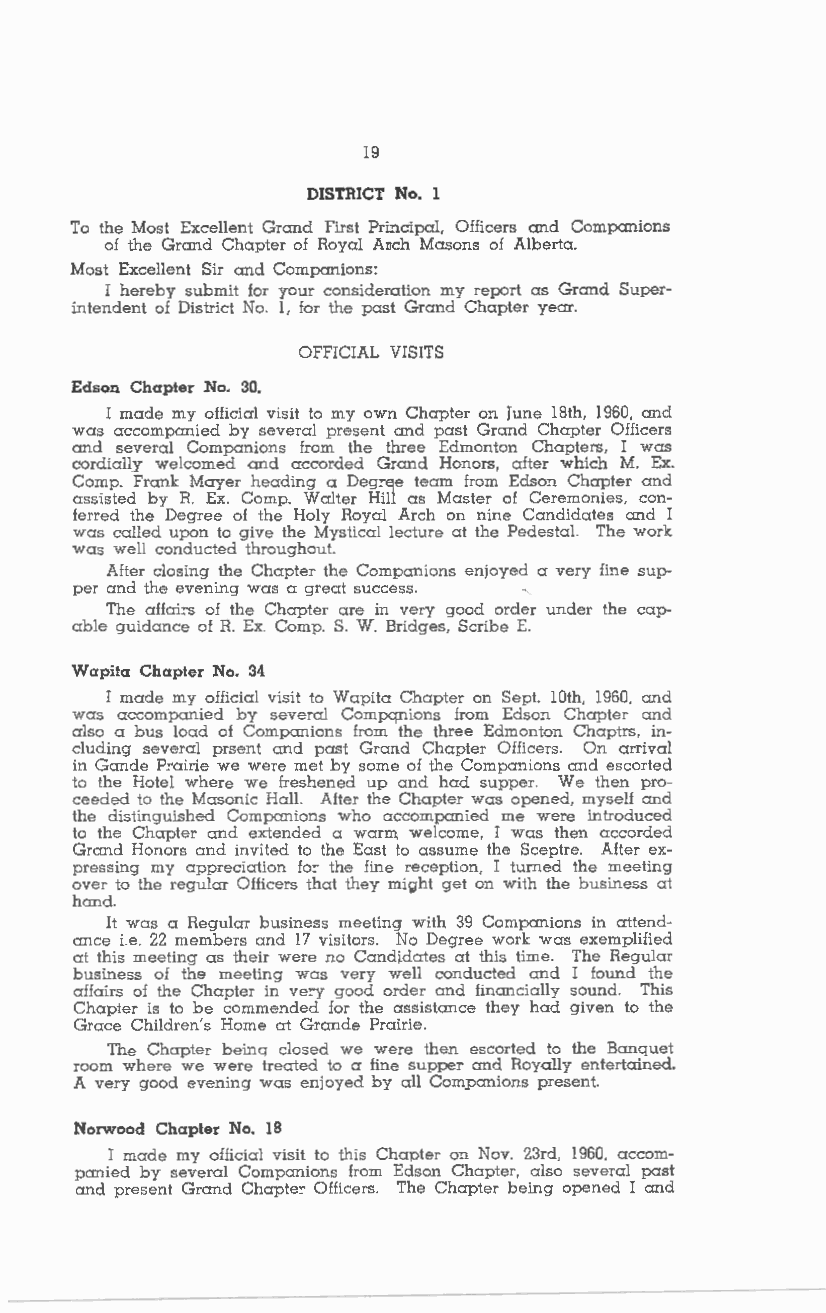
19
 DISTRICT No. l
 To the Most Excellent Grand First Principal. Officers and Companions
 of the Grand Chapter of Royal Arch Masons of Alberta.
 Most Excellent Sir and Companions:
 I hereby submit for your consideration my report as Grand Super
 intendent of District No. 1, for the past Grand Chapter year.
 OFFICIAL VISITS
 Edson Chapter No. 30.
 I made my official visit to my own Chapter on June 18th, 1960, and
 was accompanied by several present and past Grand Chapter Officers
 and several Companions from the three Edmonton Chapters, I was
 cordially welcomed and accorded Grand Honors, alter which M. Ex.
 Comp. Frank Mayer heading a Deg:ee team from Edson Chapter and
 assisted by R. Ex. Comp. Walter Hill as Master of Ceremonies, con
 ferred the Degree of the Holy Royal Arch on nine Candidates and I
 was called upon to give the Mystical lecture at the Pedestal. The work
 was well conducted throughout.
 After closing the Chapter the Companions enjoyed a very line sup-
 per and the evening was a great success. ,
 The affai:s of the Chapter are in very good order under the cap
 able guidance of R. Ex. Comp. S. W. Bridges, Scribe E.
 Wapita Chapter No. 34
 I made my official visit to Wapita Chapter on Sept. 10th, 1960, and
 was accompanied by several Companions from Edson Chapter and
 also a bus load of Companions from the three Edmonton Chaptrs, in
 cluding several prsent and past Grand Chapter Officers. On arrival
 in Gande P:airie we were met by some of the Companions and escorted
 to the Hotel where we freshened up and had supper. We then pro
 ceeded to the Masonic Hall. After the Chapter was opened, myself and
 the distinguished Companions who accompanied me were introduced
 to the Chapter and extended a warm welcome, I was then accorded
 Grand Honors and invited to the East to assume the Sceptre. After ex
 pressing my appreciation lo: the line reception, I turned the meeting
 over to the regular Officers that they might get on with the business at
 hand.
 It was a Regular business meeting with 39 Companions in attend
 ance i.e. 22 members and 17 visitors. No Degree work was exemplified
 at this meeting as their were no Candidates at this time. The Regular
 business of the meeting was very well conducted and I found the
 affairs of the Chapter in ve:y good order and financially sound. This
 Chapter is to be commended for the assistance they had given to the
 Grace Children's Home at Grande Prairie.
 The Chapter beina closed we were then escorted to the Banquet
 room where we were treated to a line supper and Royally entertained.
 A very good evening was enjoyed by all Companions present.
 Norwood Chapter No. IB
 I made my official visit to this Chapter on Nov. 23rd, 1960, accom
 panied by several Companions from Edson Chapter, also several past
 and present Grand Chaple: Officers. The Chapter being opened I and